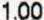
1.00